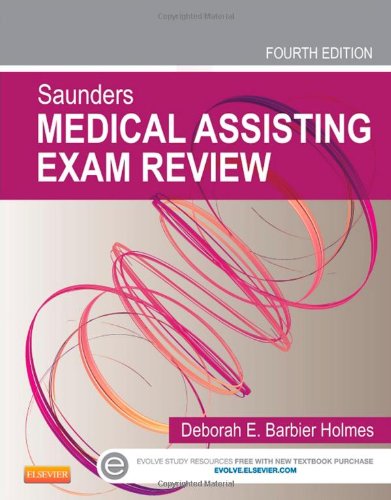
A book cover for Saunders Medical Assisting Exam Review, 4e; Deborah E. Holmes RN  BSN  RMA  CMA(AAMA); Medical Books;